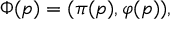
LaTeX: \Phi ( p ) = ( \pi ( p ) , \varphi ( p ) ) ,